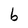
Character: b